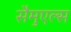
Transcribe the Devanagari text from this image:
सैमुएल्स